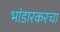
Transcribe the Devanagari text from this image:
भांडारकरचा